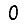
Digit: 0